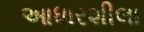
આધારશીલા